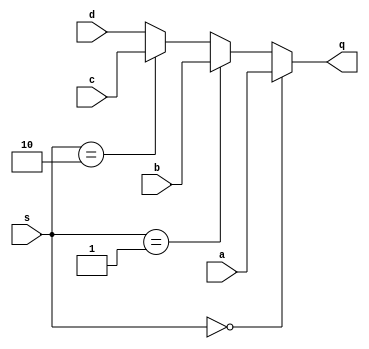
`timescale 1ns/1ps

module muxfour_1(q,a,b,c,d,s);

input a,b,c,d;
input [1:0]s;

output q;
assign q = (s==2'b00)? a: (s==2'b01)? b:(s==2'b10) ? c:d;

endmodule